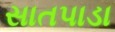
સાતપાડા